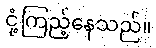
ငုံ့ကြည့်နေသည်။